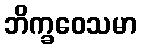
ဘိက္ခဝေသမာ